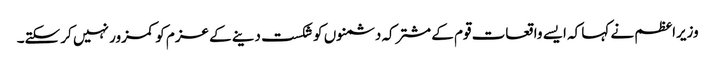
وزیراعظم نے کہا کہ ایسے واقعات قوم کے مشترکہ دشمنوں کو شکست دینے کے عزم کو کمزور نہیں کر سکتے۔